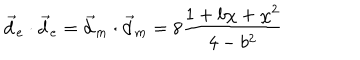
\vec { d } _ { e } \cdot \vec { d } _ { e } = \vec { d } _ { m } \cdot \vec { d } _ { m } = 8 \frac { 1 + b \chi + \chi ^ { 2 } } { 4 - b ^ { 2 } }